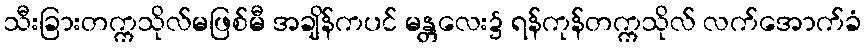
သီးခြားတက္ကသိုလ်မဖြစ်မီ အချိန်ကပင် မန္တလေး၌ ရန်ကုန်တက္ကသိုလ် လက်အောက်ခံ